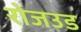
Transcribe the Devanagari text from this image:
रोजउड